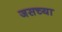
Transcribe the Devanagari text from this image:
जसच्या